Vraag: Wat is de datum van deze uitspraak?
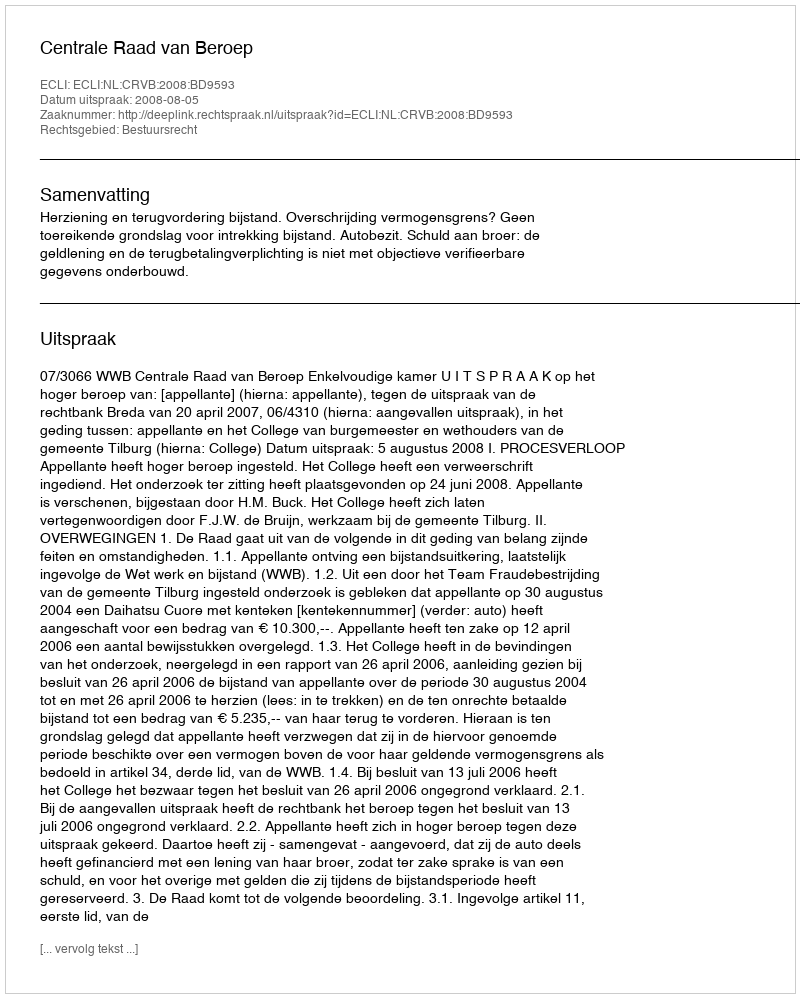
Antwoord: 2008-08-05